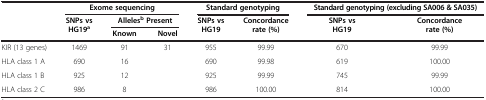
<table><thead><tr><td><b> </b></td><td colspan="3"><b>Exome sequencing</b></td><td colspan="2"><b>Standard genotyping</b></td><td colspan="2"><b>Standard genotyping (excluding SA006 &amp; SA035)</b></td></tr><tr><td><b> </b></td><td><b>SNPs vs HG19<sup>a</sup></b></td><td colspan="2"><b>Alleles<sup>b </sup>Present</b></td><td><b>SNPs vs HG19</b></td><td><b>Concordance rate (%)</b></td><td><b>SNPs vs HG19</b></td><td><b>Concordance rate (%)</b></td></tr><tr><td><b> </b></td><td><b> </b></td><td><b>Known</b></td><td><b>Novel</b></td><td><b> </b></td><td><b> </b></td><td><b> </b></td><td><b> </b></td></tr></thead><tbody><tr><td>KIR (13 genes)</td><td>1469</td><td>91</td><td>31</td><td>955</td><td>99.99</td><td>670</td><td>99.99</td></tr><tr><td>HLA class 1 A</td><td>690</td><td>16</td><td> </td><td>690</td><td>99.98</td><td>619</td><td>100.00</td></tr><tr><td>HLA class 1 B</td><td>925</td><td>12</td><td> </td><td>925</td><td>99.99</td><td>745</td><td>99.99</td></tr><tr><td>HLA class 2 C</td><td>986</td><td>8</td><td> </td><td>986</td><td>100.00</td><td>814</td><td>100.00</td></tr></tbody></table>